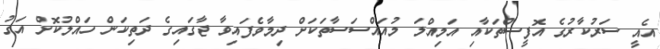
އެއީ ސަރުކާރުގެ އޮފީސްތަކާއި އަމިއްލަ މުއައްސަސާތަކަށް ދިމާވެފައިވާ ޖާގައިގެ ދަތިކަން ހައްލުކޮށް އަގު